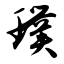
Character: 璞